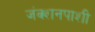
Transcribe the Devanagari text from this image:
जंक्शनपाशी